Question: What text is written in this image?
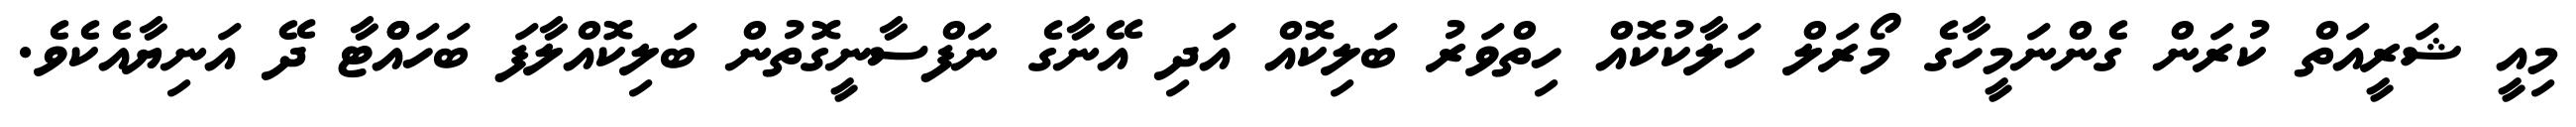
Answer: މިއީ ޝަރީއަތް ކުރަން ގެންނަމީހާގެ މޯރަލް ހަލާކުކޮއް ހިތްވަރު ބަލިކޮއް އަދި އޭނާގެ ނަފްސާނީގޮތުން ބަލިކޮއްލާފަ ބަހައްްޓާ ދޭ އަނިޔާއެކެވެ.